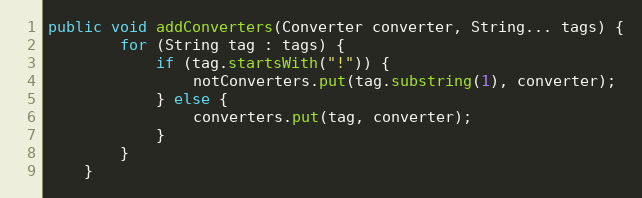
Language: Java
public void addConverters(Converter converter, String... tags) {
        for (String tag : tags) {
            if (tag.startsWith("!")) {
                notConverters.put(tag.substring(1), converter);
            } else {
                converters.put(tag, converter);
            }
        }
    }